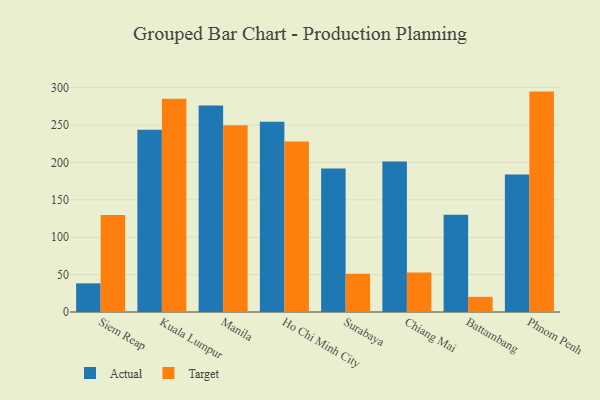
{"axis": {"x": "City", "y": "Conversion Rate (%)"}, "legend": ["Actual", "Target"], "data": [{"x": "Siem Reap", "y": 38.3, "type": "Actual"}, {"x": "Siem Reap", "y": 129.6, "type": "Target"}, {"x": "Kuala Lumpur", "y": 243.7, "type": "Actual"}, {"x": "Kuala Lumpur", "y": 285.0, "type": "Target"}, {"x": "Manila", "y": 276.1, "type": "Actual"}, {"x": "Manila", "y": 249.6, "type": "Target"}, {"x": "Ho Chi Minh City", "y": 254.4, "type": "Actual"}, {"x": "Ho Chi Minh City", "y": 227.9, "type": "Target"}, {"x": "Surabaya", "y": 192.0, "type": "Actual"}, {"x": "Surabaya", "y": 51.0, "type": "Target"}, {"x": "Chiang Mai", "y": 201.3, "type": "Actual"}, {"x": "Chiang Mai", "y": 52.8, "type": "Target"}, {"x": "Battambang", "y": 129.9, "type": "Actual"}, {"x": "Battambang", "y": 20.3, "type": "Target"}, {"x": "Phnom Penh", "y": 184.0, "type": "Actual"}, {"x": "Phnom Penh", "y": 294.7, "type": "Target"}]}